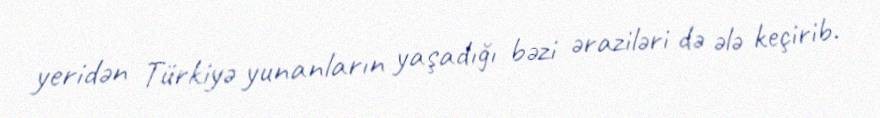
yeridən Türkiyə yunanların yaşadığı bəzi əraziləri də ələ keçirib.